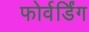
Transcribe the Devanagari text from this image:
फोर्वर्डिंग